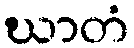
ဃာတံ